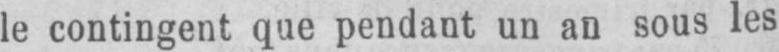
le contingent que pendant un an sous les